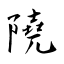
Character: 隢